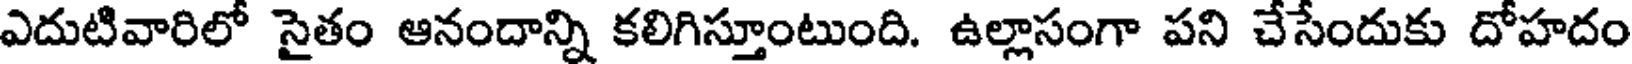
ఎదుటివారిలో సైతం ఆనందాన్ని కలిగిస్తూంటుంది. ఉల్లాసంగా పని చేసేందుకు దోహదం